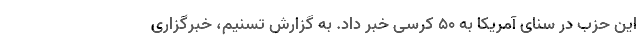
این حزب در سنای آمریکا به ۵۰ کرسی خبر داد. به گزارش تسنیم، خبرگزاری